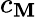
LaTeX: c_{\mathbf{M}}